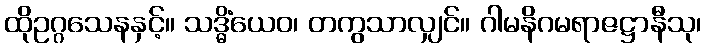
ထိုဥဂ္ဂသေနနှင့်။ သဒ္ဓိံယေဝ၊ တကွသာလျှင်။ ဂါမနိဂမရာဇဋ္ဌာနီသု၊